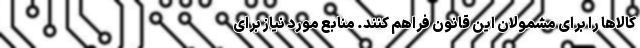
کالاها را برای مشمولان این قانون فراهم کنند. منابع مورد نیاز برای